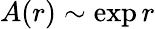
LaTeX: A(r)\sim\exp r